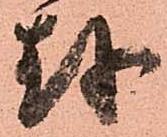
越